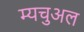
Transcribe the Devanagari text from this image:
म्यचुअल